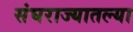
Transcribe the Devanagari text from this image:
संघराज्यातल्या